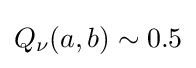
Q_{\nu }(a,b)\sim 0.5